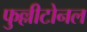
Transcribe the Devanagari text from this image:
फुल्लीटोनल